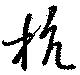
抗